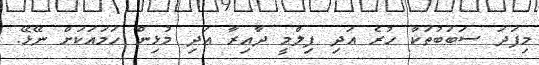
މިފަދަ ސަބަބުތަކާ ހުރެ އަދި ފިލްމީ ދާއިރާ އަދި މުޅިން ހަމައަކަށް ނޭޅޭ.